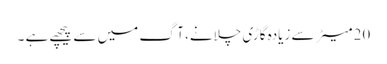
20 میٹر سے زیادہ گاڑی چلانے، آگ میں سے پیچھے ہے ۔